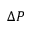
{ \Delta } P